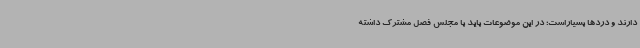
دارند و دردها بسیاراست؛ در این موضوعات باید با مجلس فصل مشترک داشته